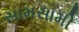
સામસામી